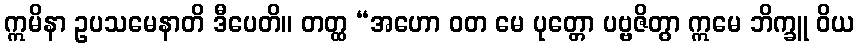
ဣမိနာ ဥပသမေနာတိ ဒီပေတိ။ တတ္ထ “အဟော ဝတ မေ ပုတ္တော ပဗ္ဗဇိတွာ ဣမေ ဘိက္ခူ ဝိယ